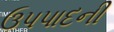
ઉપપાદની